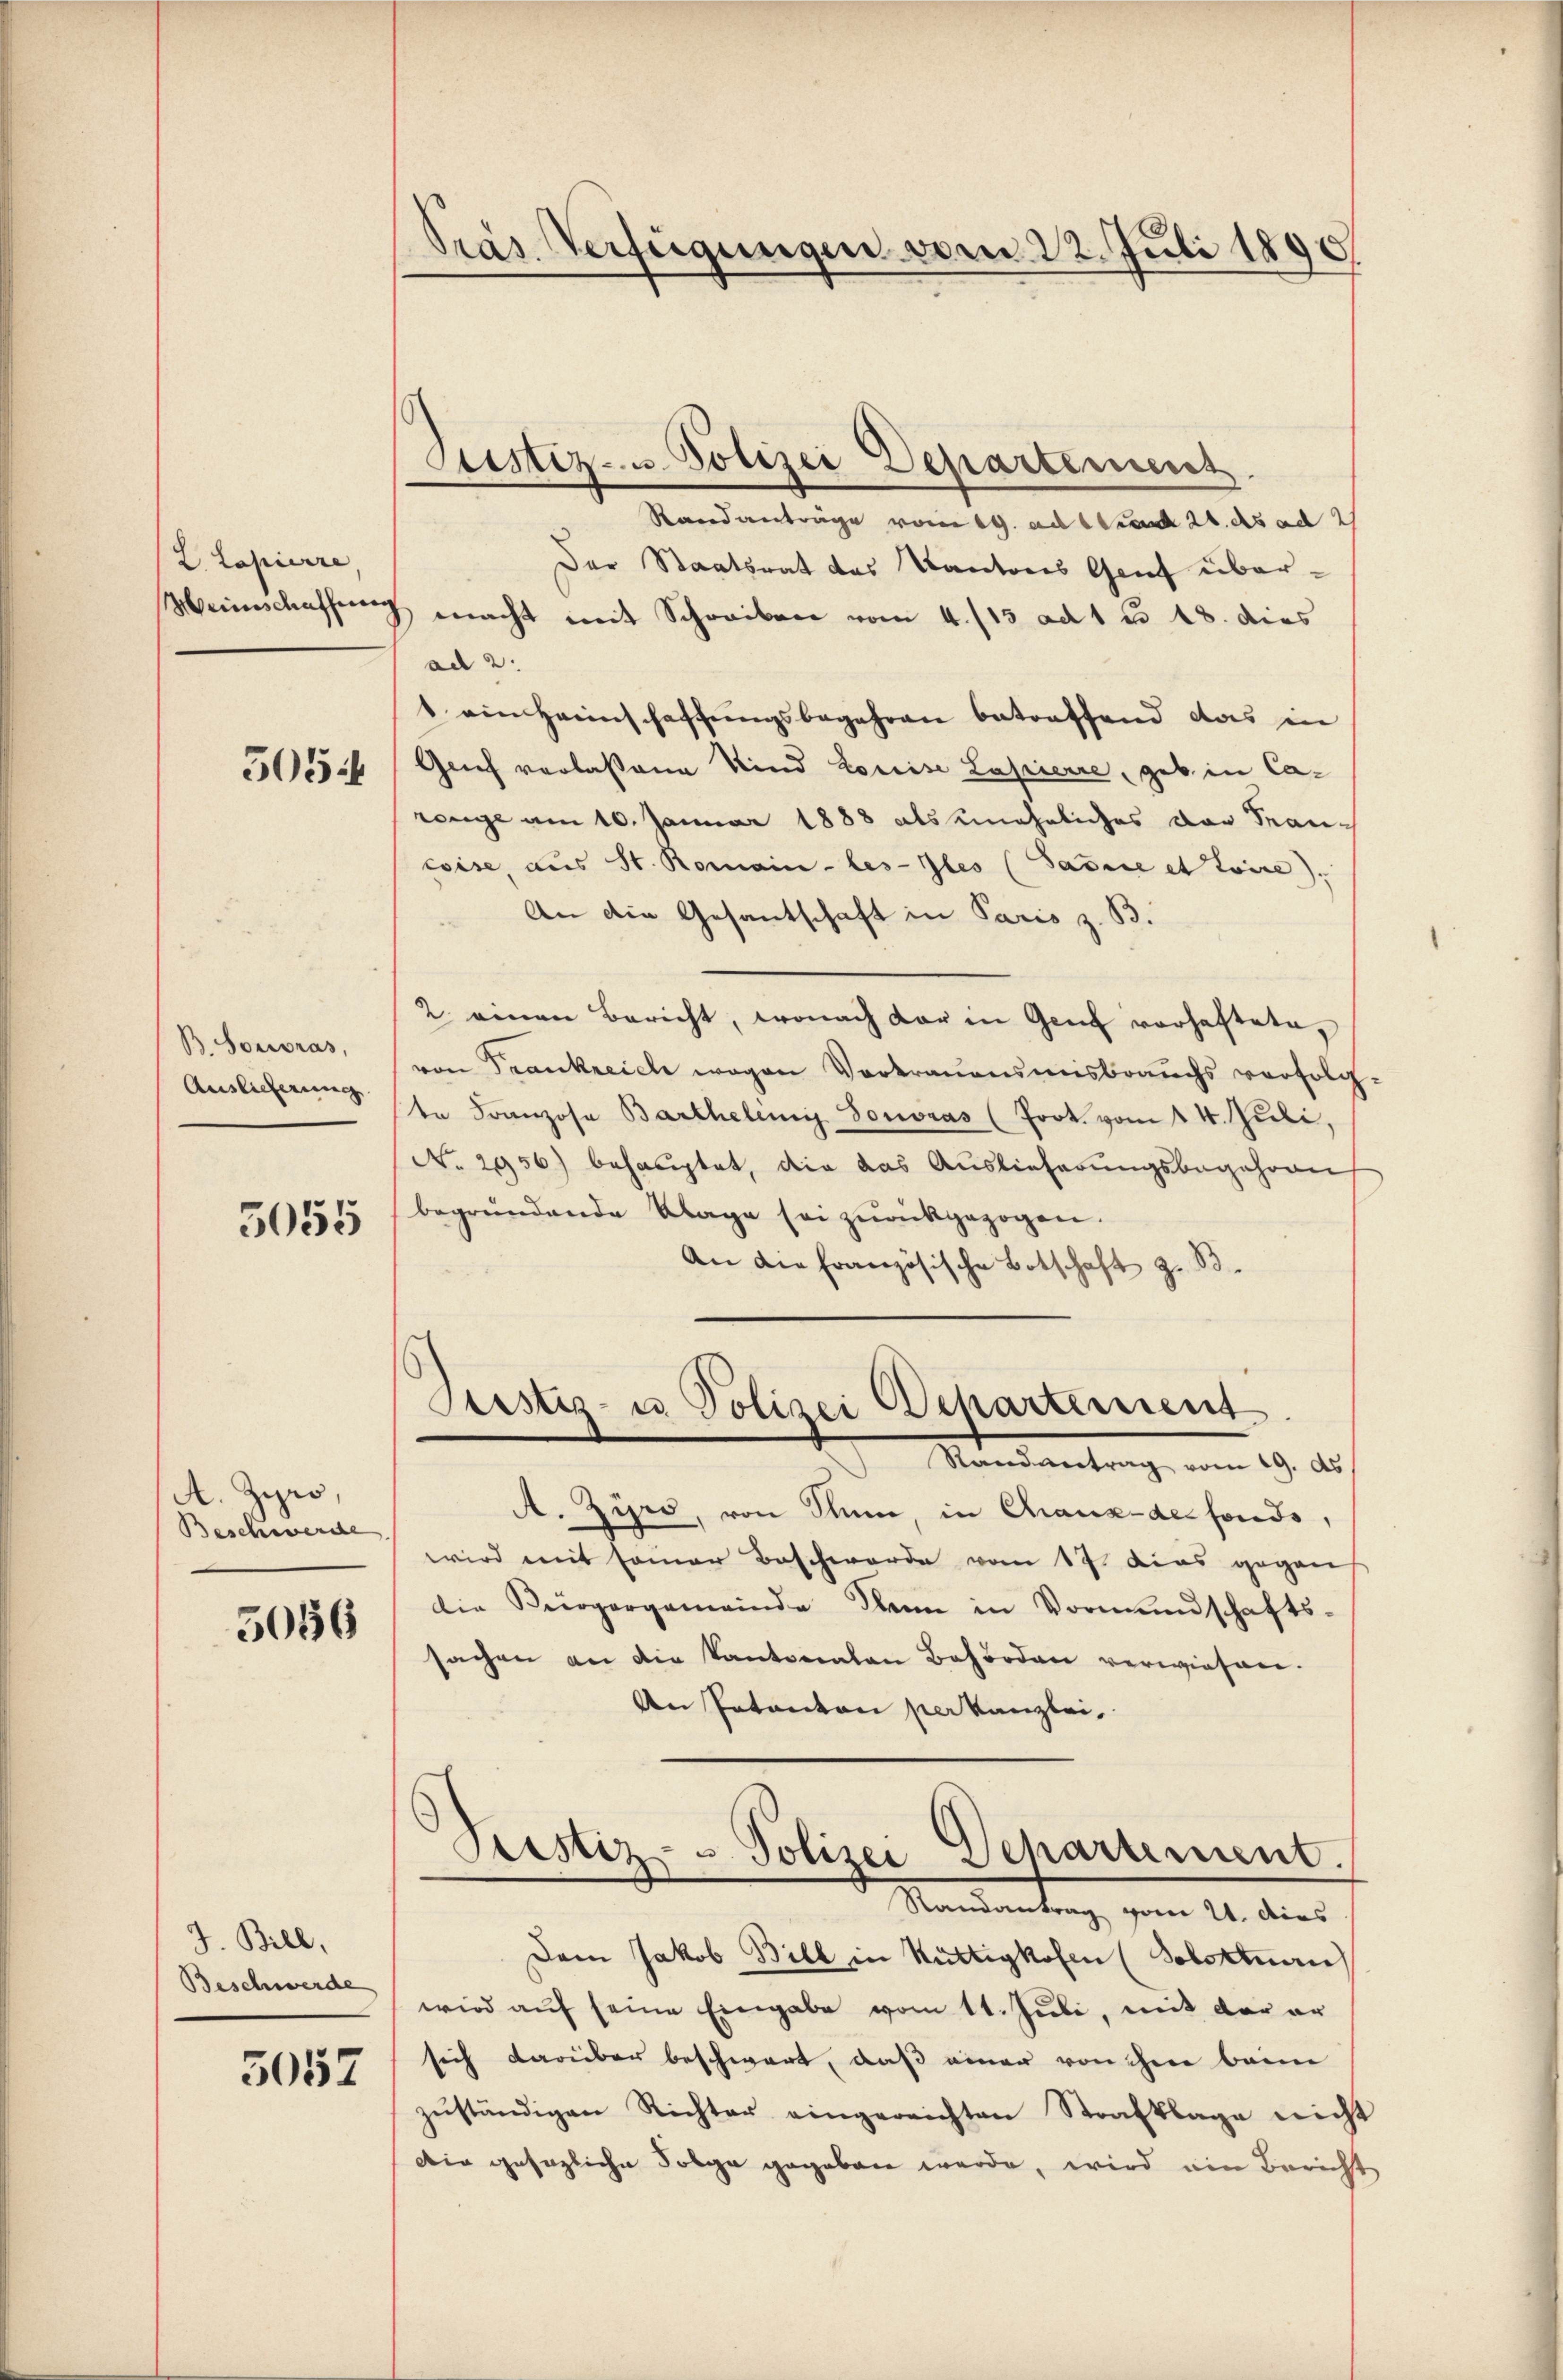
2. Lapierre,
Weinschaffung

505:

B. Honoras,
Auslieferung

5055

A. Zypro,
Beschwerde

5056

J. Bill,
Beschwerde

5057

Pras Verfügungen vom 22. Juli 1890

Ctistiz- u. Polizei Departemens

Randanträge vom 19. ad und 26. ds ad 2
Der Staatsrat das Kantons Gruf übermacht mit Schreiben vom 4. /13 ad 1 u 18. dies
ad 2.
1 ein Heinschaffungsbegehren betreffend das in
Grief verlassene Kind Loreise Lapierre, geb. in Carenge am 10. Januar 1888 als uneheliches der Sancoise, aus St. Romain-les-Gles (Sasire et toire).
An die Gesantschaft in Paris z. B.
2. einen Bericht, wonach dar in Genf vorhaftete,
von Frankreich wegen Vortrauensmisbrauchs verfolgte Franzosa Bartheleni donoras (Prot. vom 14. Juli,
No. 2956) behauptet, die das Auslieferungsbegehren
begründende Klage sei zurückgezogen.
An die französische Botschaft z. B.

Justiz- u Polizei Departement

Mandantrag vom 19. d.
A. Zirs, von Sinn, in Chaux-der fonds,
wird mit seiner Beschwerde vom 17. Das gegen
die Bürgergemeinde den in Vormundschafts-
sachen an die Kantonalen Behörden verwiesen.
An Patanton per Kanzlei-
Prestiz- & Polizei Departement.
Randantrag vom 21. dies
Dem Jakob Bill in Rüttigkofen (Solotten
wird auf seine Eingabe vom 11. Juli, mit der er
sich darüber beschwart, daß einer von ihm beim
zŭständigen Richter eingereichten Strafklage nicht
Die gesezliche Folge gegeben werde, wird ein Bericht